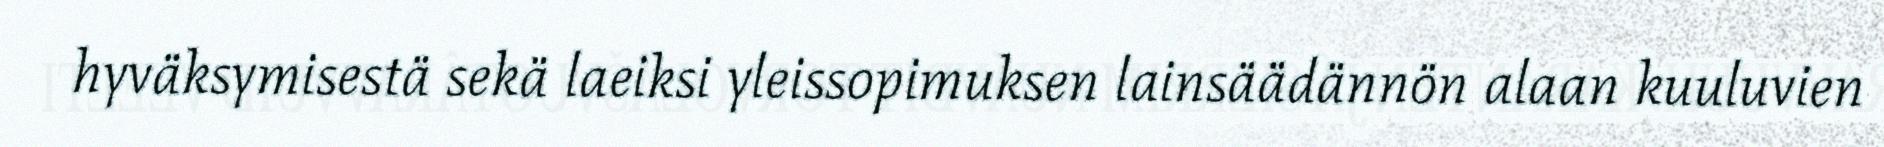
hyväksymisestä sekä laeiksi yleissopimuksen lainsäädännön alaan kuuluvien